Report on the cultivation and use of ganja
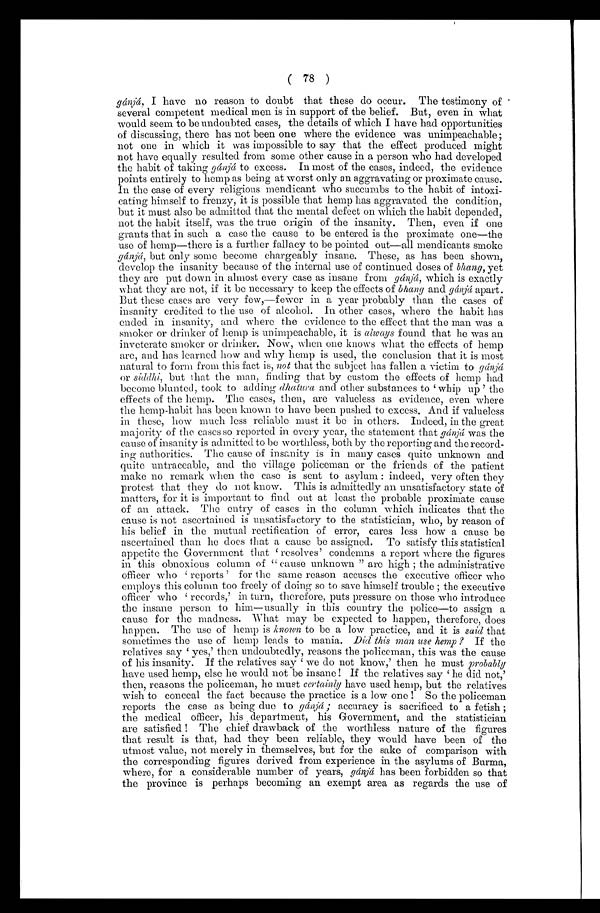
( 78 )
gánjá, I have no reason to doubt that these do occur. The testimony of
several competent medical men is in support of the belief. But, even in what
would seem to be undoubted cases, the details of which I have had opportunities
of discussing, there has not been one where the evidence was unimpeachable;
not one in which it was impossible to say that the effect produced might
not have equally resulted from some other cause in a person who had developed
the habit of taking gánjá to excess. In most of the cases, indeed, the evidence
points entirely to hemp as being at worst only an aggravating or proximate cause.
In the case of every religious mendicant who succumbs to the habit of intoxi-
cating himself to frenzy, it is possible that hemp has aggravated the condition,
but it must also be admitted that the mental defect on which the habit depended,
not the habit itself, was the true origin of the insanity. Then, even if one
grants that in such a case the cause to be entered is the proximate one—the
use of hemp—there is a further fallacy to be pointed out—all mendicants smoke
gánjá, but only some become chargeably insane. These, as has been shown,
develop the insanity because of the internal use of continued doses of bhang, yet
they are put down in almost every case as insane from gánja, which is exactly
what they are not, if it be necessary to keep the effects of bhang and gánjá apart.
But these cases are very few,—fewer in a year probably than the cases of
insanity credited to the use of alcohol. In other cases, where the habit has
ended in insanity, and where the evidence to the effect that the man was a
smoker or drinker of hemp is unimpeachable, it is always found that he was an
inveterate smoker or drinker. Now, when one knows what the effects of hemp
are, and has learned how and why hemp is used, the conclusion that it is most
natural to form from this fact is, not that the subject has fallen a victim to gánjá
or siddhi, but that the man, finding that by custom the effects of hemp had
become blunted, took to adding dhatura and other substances to ‘whip up' the
effects of the hemp. The cases, then, are valueless as evidence, even where
the hemp-habit has been known to have been pushed to excess. And if valueless
in these, how much less reliable must it be in others. Indeed, in the great
majority of the cases so reported in every year, the statement that gánjá was the
cause of insanity is admitted to be worthless, both by the reporting and the record-
ing authorities. The cause of insanity is in many cases quite unknown and
quite untraceable, and the village policeman or the friends of the patient
make no remark when the case is sent to asylum : indeed, very often they
protest that they do not know. This is admittedly an unsatisfactory state of
matters, for it is important to find out at least the probable proximate cause
of an attack. The entry of cases in the column which indicates that the
cause is not ascertained is unsatisfactory to the statistician, who, by reason of
his belief in the mutual rectification of error, cares less how a cause be
ascertained than he does that a cause be assigned. To satisfy this statistical
appetite the Government that ‘resolves' condemns a report where the figures
in this obnoxious column of " cause unknown " are high ; the administrative
o f f i c e r wh o ‘ r e p o r t s ' f o r t h e s a me r e a s o n a c c u s e s t h e e x e c u t i v e o f f i c e r wh o
employs this column too freely of doing so to save himself trouble ; the executive
officer who ‘records,' in turn, therefore, puts pressure on those who introduce
the insane person to him—usually in this country the police—to assign a
cause for the madness. What may be expected to happen, therefore, does
happen. The use of hemp is known to be a low practice, and it is said that
sometimes the use of hemp leads to mania. Did this man use hemp ? If the
relatives say ‘yes,' then undoubtedly, reasons the policeman, this was the cause
of his insanity. If the relatives say ‘we do not know,' then he must p r o b a b l y
have used hemp, else he would not be insane ! If the relatives say ‘he did not,'
then, reasons the policeman, he must certainly have used hemp, but the relatives
wish to conceal the fact because the practice is a low one ! So the policeman
reports the case as being due to gánjá; accuracy is sacrificed to a fetish ;
the medical officer, his department, his Government, and the statistician
are satisfied ! The chief drawback of the worthless nature of the figures
that result is that, had they been reliable, they would have been of the
utmost value, not merely in themselves, but for the sake of comparison with
the corresponding figures derived from experience in the asylums of Burma,
where, for a considerable number of years, gánjá has been forbidden so that
the province is perhaps becoming an exempt area as regards the use of